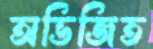
অভিজিত